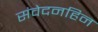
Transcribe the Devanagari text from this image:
संवेदनहिन